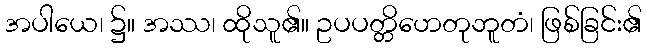
အပါယေ၊ ၌။ အဿ၊ ထိုသူ၏။ ဥပပတ္တိဟေတုဘူတံ၊ ဖြစ်ခြင်း၏